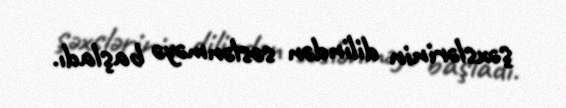
şəxslərinin dilindən səslənməyə başladı.